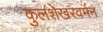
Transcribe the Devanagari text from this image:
कुलशेखरवर्मन